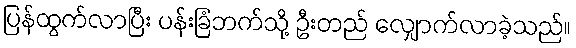
ပြန်ထွက်လာပြီး ပန်းခြံဘက်သို့ ဦးတည် လျှောက်လာခဲ့သည်။